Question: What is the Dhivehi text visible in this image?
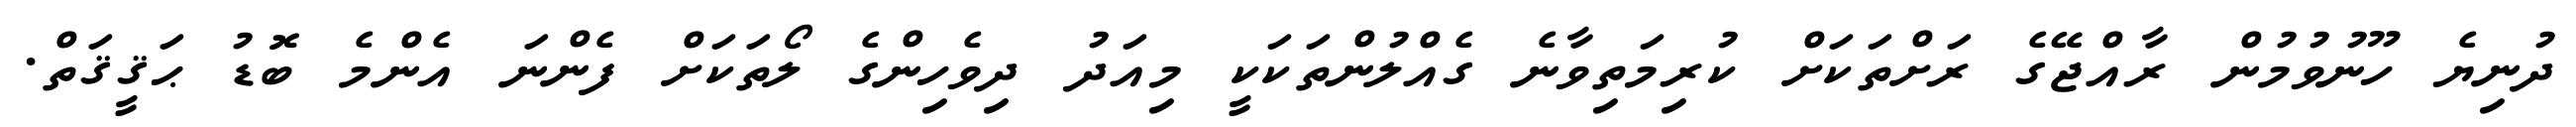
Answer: ދުނިޔެ ހޫނުވުމުން ރާއްޖޭގެ ރަށްތަކަށް ކުރިމަތިވާނެ ގެއްލުންތަކަކީ މިއަދު ދިވެހިންގެ ލޯތަކަށް ފެންނަ އެންމެ ބޮޑު ޙަޤީޤަތް.